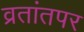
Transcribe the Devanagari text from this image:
व्रतांतपर